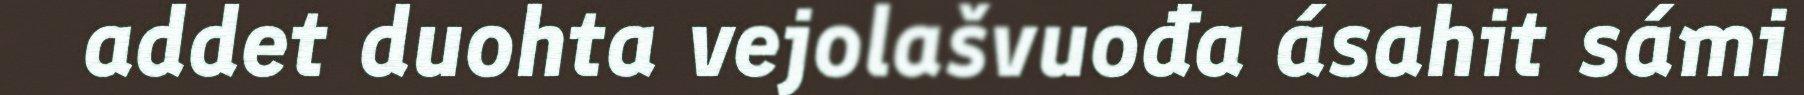
addet duohta vejolašvuođa ásahit sámi